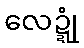
လေဍ္ဍုံ